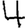
Digit: 4